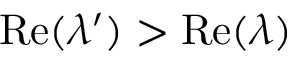
\mathrm { R e } ( \lambda ^ { \prime } ) > \mathrm { R e } ( \lambda )